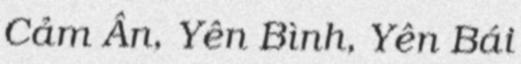
Cảm Ân, Yên Bình, Yên Bái